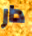
دار